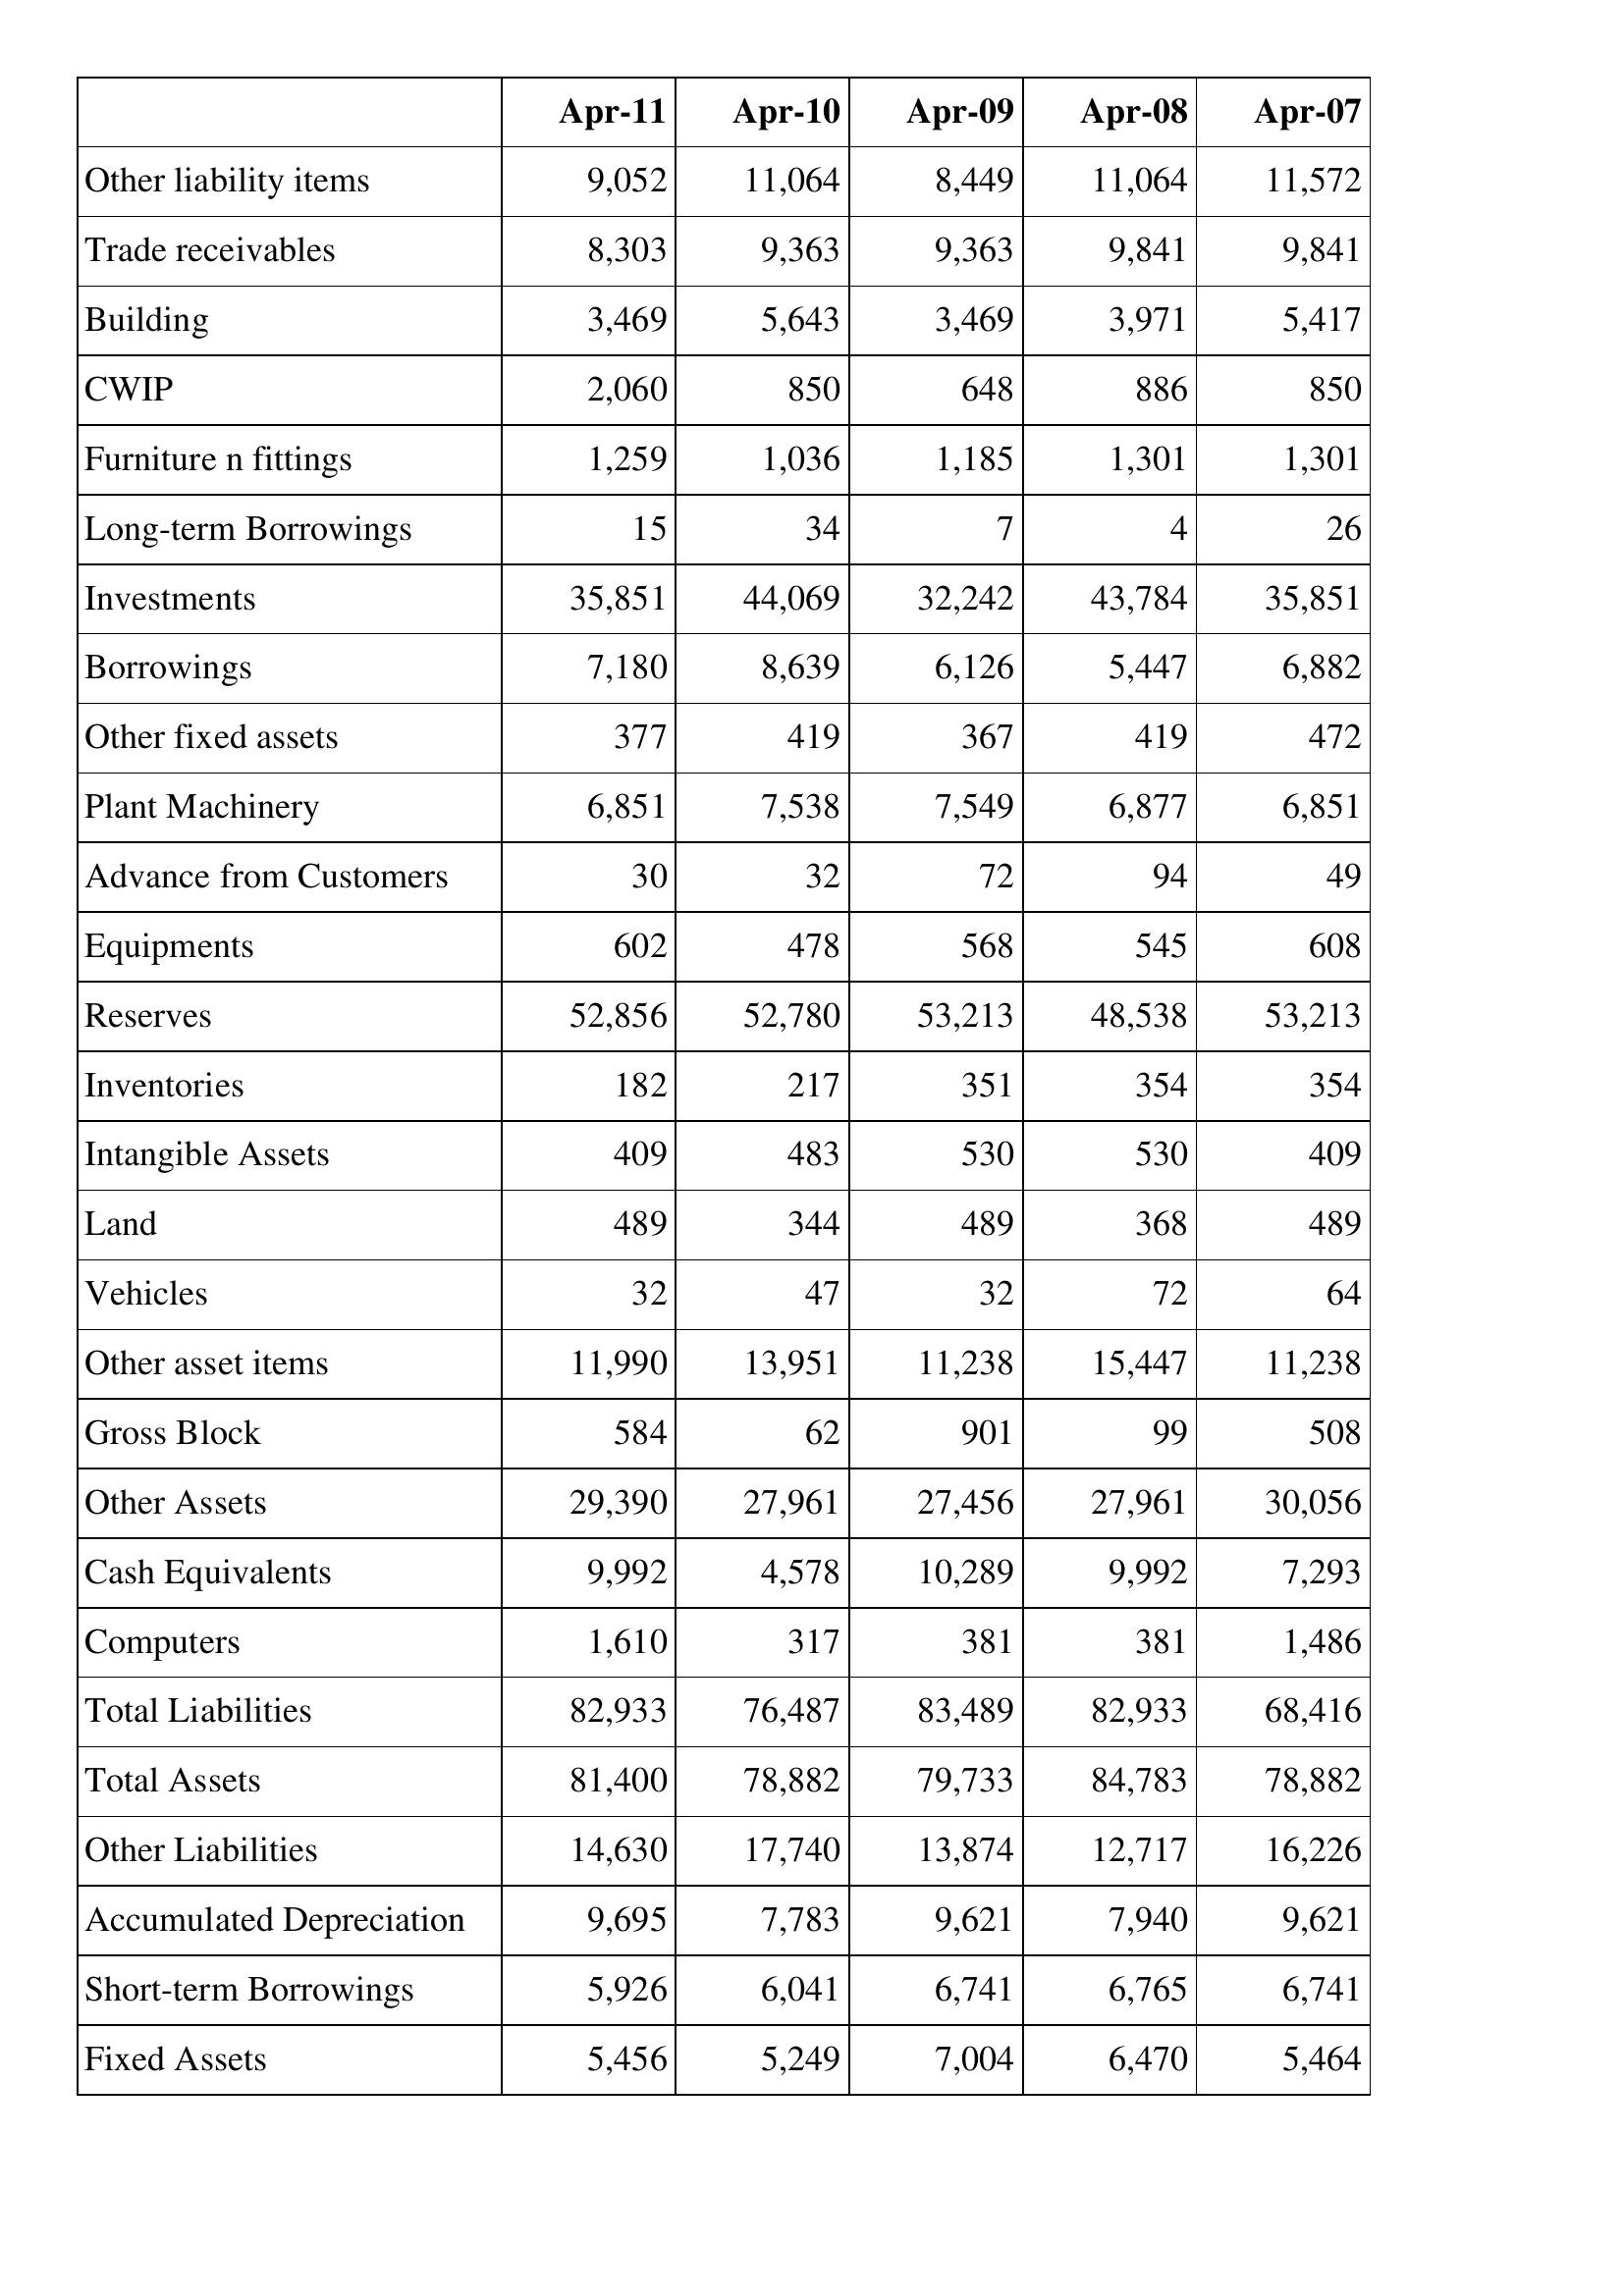
Apr-11: Balance Sheet: Other liability items: 9,052
Trade receivables: 8,303
Building: 3,469
CWIP: 2,060
Furniture n fittings: 1,259
Long-term Borrowings: 15
Investments: 35,851
Borrowings: 7,180
Other fixed assets: 377
Plant Machinery: 6,851
Advance from Customers: 30
Equipments: 602
Reserves: 52,856
Inventories: 182
Intangible Assets: 409
Land: 489
Vehicles: 32
Other asset items: 11,990
Gross Block: 584
Other Assets: 29,390
Cash Equivalents: 9,992
Computers: 1,610
Total Liabilities: 82,933
Total Assets: 81,400
Other Liabilities: 14,630
Accumulated Depreciation: 9,695
Short-term Borrowings: 5,926
Fixed Assets: 5,456
Apr-10: Balance Sheet: Other liability items: 11,064
Trade receivables: 9,363
Building: 5,643
CWIP: 850
Furniture n fittings: 1,036
Long-term Borrowings: 34
Investments: 44,069
Borrowings: 8,639
Other fixed assets: 419
Plant Machinery: 7,538
Advance from Customers: 32
Equipments: 478
Reserves: 52,780
Inventories: 217
Intangible Assets: 483
Land: 344
Vehicles: 47
Other asset items: 13,951
Gross Block: 62
Other Assets: 27,961
Cash Equivalents: 4,578
Computers: 317
Total Liabilities: 76,487
Total Assets: 78,882
Other Liabilities: 17,740
Accumulated Depreciation: 7,783
Short-term Borrowings: 6,041
Fixed Assets: 5,249
Apr-09: Balance Sheet: Other liability items: 8,449
Trade receivables: 9,363
Building: 3,469
CWIP: 648
Furniture n fittings: 1,185
Long-term Borrowings: 7
Investments: 32,242
Borrowings: 6,126
Other fixed assets: 367
Plant Machinery: 7,549
Advance from Customers: 72
Equipments: 568
Reserves: 53,213
Inventories: 351
Intangible Assets: 530
Land: 489
Vehicles: 32
Other asset items: 11,238
Gross Block: 901
Other Assets: 27,456
Cash Equivalents: 10,289
Computers: 381
Total Liabilities: 83,489
Total Assets: 79,733
Other Liabilities: 13,874
Accumulated Depreciation: 9,621
Short-term Borrowings: 6,741
Fixed Assets: 7,004
Apr-08: Balance Sheet: Other liability items: 11,064
Trade receivables: 9,841
Building: 3,971
CWIP: 886
Furniture n fittings: 1,301
Long-term Borrowings: 4
Investments: 43,784
Borrowings: 5,447
Other fixed assets: 419
Plant Machinery: 6,877
Advance from Customers: 94
Equipments: 545
Reserves: 48,538
Inventories: 354
Intangible Assets: 530
Land: 368
Vehicles: 72
Other asset items: 15,447
Gross Block: 99
Other Assets: 27,961
Cash Equivalents: 9,992
Computers: 381
Total Liabilities: 82,933
Total Assets: 84,783
Other Liabilities: 12,717
Accumulated Depreciation: 7,940
Short-term Borrowings: 6,765
Fixed Assets: 6,470
Apr-07: Balance Sheet: Other liability items: 11,572
Trade receivables: 9,841
Building: 5,417
CWIP: 850
Furniture n fittings: 1,301
Long-term Borrowings: 26
Investments: 35,851
Borrowings: 6,882
Other fixed assets: 472
Plant Machinery: 6,851
Advance from Customers: 49
Equipments: 608
Reserves: 53,213
Inventories: 354
Intangible Assets: 409
Land: 489
Vehicles: 64
Other asset items: 11,238
Gross Block: 508
Other Assets: 30,056
Cash Equivalents: 7,293
Computers: 1,486
Total Liabilities: 68,416
Total Assets: 78,882
Other Liabilities: 16,226
Accumulated Depreciation: 9,621
Short-term Borrowings: 6,741
Fixed Assets: 5,464